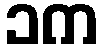
၁က